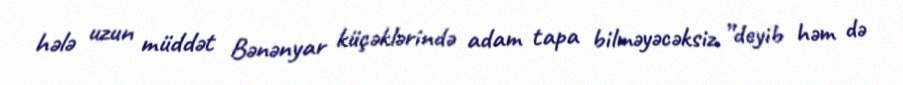
hələ uzun müddət Bənənyar küçəklərində adam tapa bilməyəcəksiz ”deyib həm də